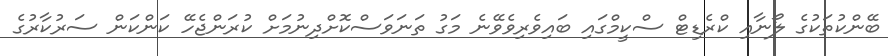
ބޭންކުތަކުގެ ލޯނާއި ކްރެޑިޓް ސްކީމްގައި ބައިވެރިވެވޭނެ މަގު ތަނަވަސްކޮށްދިނުމަށް ކުރަންޖެހޭ ކަންކަން ސަރުކާރުގެ